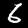
Label: 6